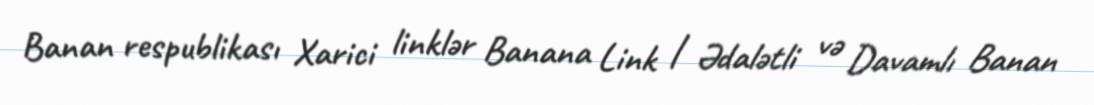
Banan respublikası Xarici linklər Banana Link | Ədalətli və Davamlı Banan